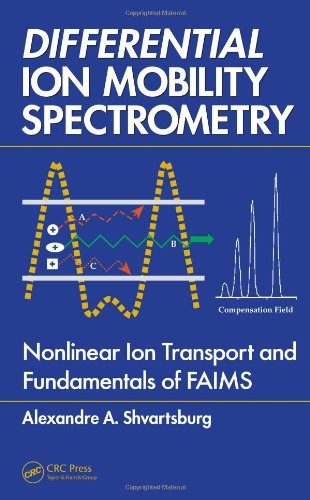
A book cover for Differential Ion Mobility Spectrometry: Nonlinear Ion Transport and Fundamentals of FAIMS; Alexandre A. Shvartsburg; Science & Math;